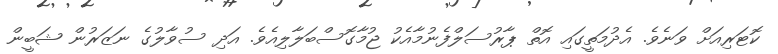
ކޮޓަރިއަށް ވަނެވެ. އެދުމަތީގައި އޮތް ޕާރުސަލްފެނުމާއެކު ޖުމާގޮސްބަލާލިއެވެ. އަދި ސުވާލުގެ ނަޒަރުން ޝަބީން